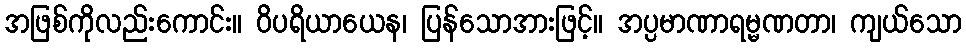
အဖြစ်ကိုလည်းကောင်း။ ဝိပရိယာယေန၊ ပြန်သောအားဖြင့်။ အပ္ပမာဏာရမ္မဏတာ၊ ကျယ်သော